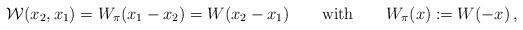
LaTeX: \begin{align*}{\cal W}(x_2, x_1) = W_\pi(x_1-x_2) = W(x_2-x_1) \qquad \mbox{with}\qquad W_\pi(x) := W(-x)\,,\end{align*}